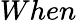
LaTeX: When